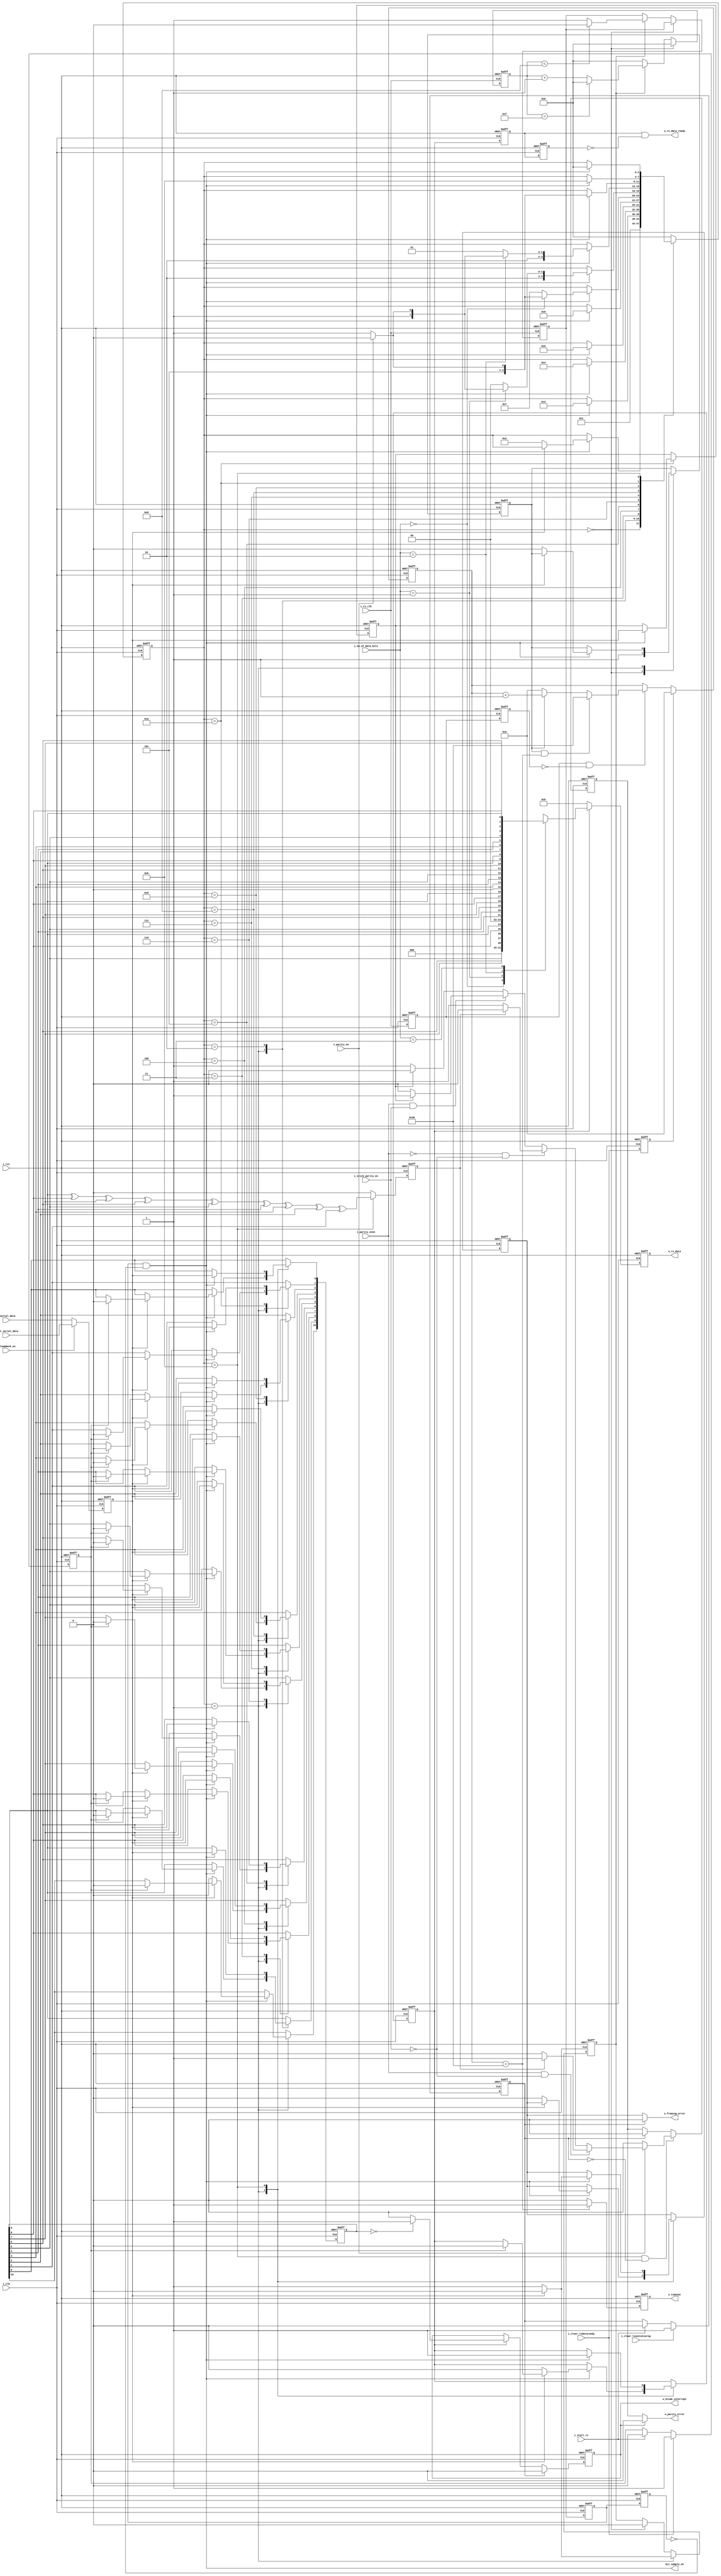
//////////////////////////////////////////////////////////////////////
// @BRIEF: uart_rx_fsm.v
//////////////////////////////////////////////////////////////////////

module uart_rx_fsm(                   
    // System clock 
    // asynchronous active high reset 
    input wire        i_clk,
    input wire        i_rst,
    input wire        i_rx_clk,
    //Rx FSM Control signal from Master Controller
    input wire        i_start_rx,
    //Rx configurations from Master Controller
    input wire        i_loopback_en,
    input wire        i_parity_even,
    input wire        i_parity_en,               
    input wire [1:0]  i_no_of_data_bits,  
    input wire        i_stick_parity_en,
    input wire        i_clear_linestatusreg,               
    input wire        i_clear_rxdataready,
    //Rx data valid and Rx Data to CPU
    output reg [7:0]  o_rx_data, 
    output reg        o_timeout,      
    
    output wire       bit_sample_en,
             
    //To UART Master Controller
    output wire       o_parity_error,
    output wire       o_framing_error,
    output wire       o_break_interrupt,               
    output wire       o_rx_data_ready,
    //Serial data for loopback operations
    input wire        i_int_serial_data,
    //Serial data in from MODEM
    input wire        i_serial_data
    );

    parameter [3:0] /*synopsys enum state_info*/ IDLE_STATE           = 4'b0000,
                   START_DETECT_STATE   = 4'b0001,
                   SAMPLE_START_STATE = 4'b1111,
                   Rx_1BIT_STATE        = 4'b0010,
                   Rx_2BIT_STATE        = 4'b0011,
                   Rx_3BIT_STATE        = 4'b0100,
                   Rx_4BIT_STATE        = 4'b0101,
                   Rx_5BIT_STATE        = 4'b0110,
                   Rx_6BIT_STATE        = 4'b0111,
                   Rx_7BIT_STATE        = 4'b1000,
                   Rx_8BIT_STATE        = 4'b1001,
                   PARITY_CHECK_STATE   = 4'b1010,
                   STOP_DETECT_STATE    = 4'b1011;
    // DATA_VALIDATION_STATE     = 4'b1100;    
    
    //Internal signals 
    reg [3:0]  /*synopsys enum state_info*/  state; /*synopsys enum state_vector state*/
    reg        check_bit;    
    reg        modem_serial_data;
    reg [10:0] rx_data;
    reg        parity_error;
    reg        framing_error;
    reg        stick_parity_bit;
    reg        clear_line_status;
    reg        clear_data_ready;
    reg        timeout_counter_begin;   
    reg        clearrxdataready1;
    reg        rx_clk_reg1;
    reg        rx_clk_reg2;
    wire       rx_clk_en;
    wire       rx_sample_en;
    reg        data_validation;
    reg        loopback_en_latch;
    
    //synchronizer for incoming i_serial_data from MODEM
    always @(posedge i_clk or posedge i_rst) begin
        if(i_rst) begin
            modem_serial_data <= 1'b1;
        end else begin
            if(!i_loopback_en)
                //For regular Rx operations
                modem_serial_data <= i_serial_data;
            else
                // for loop back operations
                modem_serial_data <= i_int_serial_data; 
        end 
    end // always @ (posedge i_clk or posedge i_rst) 
    
    ////////////////////////////////////////////////////////////////
    // UART Rx FSM
    ////////////////////////////////////////////////////////////////
    always @(posedge i_clk or posedge i_rst) begin
        if(i_rst) begin
            state <= IDLE_STATE;
            framing_error <= 1'b0;
            stick_parity_bit <= 1'b0;   
            timeout_counter_begin <= 1'b1;
            data_validation <= 1'b0;
            rx_data <= 10'b0;    
        end else begin
            case(state)
                
                IDLE_STATE         :  begin
                    state <= START_DETECT_STATE; 
                    timeout_counter_begin <= 1'b1;
                end
                
                //Wait for START signal from MODEM 
                START_DETECT_STATE :
                    if(rx_sample_en) begin
                        //Check if modem serial is still '0'
                        if(!modem_serial_data) begin
                            state <= Rx_1BIT_STATE; 
                            framing_error <= 1'b0;
                            timeout_counter_begin <= 1'b0;
                            data_validation <= 1'b0;
                            rx_data[10] <= modem_serial_data; 
                        end else if(clear_data_ready) begin
                            data_validation <= 1'b0;
                            rx_data <= 10'b0000_0000_00; 
                        end
                    end
                
                Rx_1BIT_STATE      : 
                    if(rx_sample_en) begin 
                        state <= Rx_2BIT_STATE;
                        rx_data[9] <= modem_serial_data; 
                    end
                
                Rx_2BIT_STATE      : 
                    if(rx_sample_en) begin 
                        state <= Rx_3BIT_STATE;
                        rx_data[8] <= modem_serial_data; 
                    end
                
                Rx_3BIT_STATE      : 
                    if(rx_sample_en) begin
                        state <= Rx_4BIT_STATE;
                        rx_data[7] <= modem_serial_data; 
                    end
                
                Rx_4BIT_STATE      : 
                    if(rx_sample_en) begin
                        state <= Rx_5BIT_STATE;
                        rx_data[6] <= modem_serial_data; 
                    end
                
                //Check for no of bits in operation
                //If 5 bits, then check if parity needs to be checked else go to stop detect state                      
                Rx_5BIT_STATE      : 
                    if(rx_sample_en) begin
                        rx_data[5] <= modem_serial_data; 
                        if(i_no_of_data_bits == 2'b00) begin
                            if(i_parity_en) begin
                                state <= PARITY_CHECK_STATE;
                            end else begin 
                                state <= STOP_DETECT_STATE;
                            end 
                        end else begin 
                            state <= Rx_6BIT_STATE;
                        end
                    end // if (rx_sample_en)
                
                //Check for no of bits in operation
                //If 6 bits, then check if parity needs to be checked else go to stop detect state                      
                Rx_6BIT_STATE      :
                    if(rx_sample_en) begin
                        rx_data[4] <= modem_serial_data; 
                        if(i_no_of_data_bits == 2'b01) begin
                            if(i_parity_en) begin
                                state <= PARITY_CHECK_STATE;
                            end else begin 
                                state <= STOP_DETECT_STATE;
                            end 
                        end else begin 
                            state <= Rx_7BIT_STATE;
                        end
                    end // if (rx_sample_en)
                
                //Check for no of bits in operation
                //If 7 bits, then check if parity needs to be checked else go to stop detect state
                Rx_7BIT_STATE      : 
                    if(rx_sample_en) begin
                        rx_data[3] <= modem_serial_data; 
                        if(i_no_of_data_bits == 2'b10) begin
                            if(i_parity_en) begin
                                state <= PARITY_CHECK_STATE;
                            end else begin 
                                state <= STOP_DETECT_STATE;
                            end 
                        end else begin 
                            state <= Rx_8BIT_STATE;
                        end
                    end // if (rx_sample_en)
                
                //Check if parity needs to be checked else go to stop detect state
                Rx_8BIT_STATE      :
                    if(rx_sample_en) begin
                        rx_data[2] <= modem_serial_data; 
                        if(i_parity_en) begin
                            state <= PARITY_CHECK_STATE;
                        end else begin
                            state <= STOP_DETECT_STATE;
                        end  
                    end                
                
                PARITY_CHECK_STATE :
                    if(rx_sample_en) begin
                        rx_data[1] <= modem_serial_data; 
                        state <= STOP_DETECT_STATE;
                        stick_parity_bit <= modem_serial_data;
                    end
                
                //Check for stop bit and proceed to START_DETECT_STATE 
                STOP_DETECT_STATE  : 
                    if(rx_sample_en) begin
                        rx_data[0] <= modem_serial_data; 
                        data_validation <= 1'b1;
                        if(modem_serial_data == 1'b0) begin
                            state <= IDLE_STATE; 
                            framing_error <= 1'b1;
                        end else begin
                            state <= IDLE_STATE; 
                            framing_error <= 1'b0;
                        end
                    end // if (rx_sample_en)
                
                default            : state <= IDLE_STATE;
            endcase // case (state)
        end
    end // always @ (posedge i_clk or posedge i_rst)

    //Cleared on Line status clear request from Master controller
    assign o_framing_error = (!clear_line_status) ? framing_error : 1'b0;
    
    /////////////////////////////////////////////////////////////////////////////
    // Deserialization of data, 
    /////////////////////////////////////////////////////////////////////////////
    wire [10:0] receive_data;

    assign receive_data = {rx_data[0], rx_data[1], rx_data[2], rx_data[3], rx_data[4], rx_data[5],
                           rx_data[6], rx_data[7], rx_data[8], rx_data[9], rx_data[10]};

    reg break_interrupt;
    
    /////////////////////////////////////////////////////////////////////////////
    //Break Interrupt generation
    //In data valid state all the bits are of rx_data are zero then a Break Interrupt is generated
    /////////////////////////////////////////////////////////////////////////////
    always @(posedge i_clk or posedge i_rst) begin
        if(i_rst) begin
            break_interrupt <= 1'b0;
        end else begin
            //Cleared on Line status clear request from Master controller 
            if(clear_line_status)begin 
                break_interrupt <= 1'b0;
            end else if(data_validation) begin
                if(rx_data == 10'b0) begin
                    break_interrupt <= 1'b1;
                end else begin
                    break_interrupt <= 1'b0;
                end   
            end // if (state == DATA_VALIDATION_STATE & !latch_clear_line_status)
        end
    end // always @ (posedge i_clk or posedge i_rst)

    assign o_break_interrupt = break_interrupt;
    
    /////////////////////////////////////////////////////////////////////////////
    // Parity Check logic and Parity error detect
    /////////////////////////////////////////////////////////////////////////////
    //Parity check logic
    always @(posedge i_clk or posedge i_rst) begin
        if(i_rst) begin
            check_bit <= 1'b0;
        end else begin
            if(state == STOP_DETECT_STATE) begin
                check_bit <= rx_data[9] ^ rx_data[8] ^ rx_data[7] ^ rx_data[6] ^ rx_data[5] ^ rx_data[4]
                    ^ rx_data[3] ^ rx_data[2] ^ rx_data[1]; 
            end else begin 
                check_bit <= 1'b0;
            end 
        end 
    end // always @ (posedge i_clk or posedge i_rst)

    //Parity Error detection logic
    always @(posedge i_clk or posedge i_rst) begin
        if(i_rst) begin
            parity_error <= 1'b0;
        end else begin
            if(state == STOP_DETECT_STATE & !clear_line_status) begin
                if(i_parity_en) begin
                    if(i_parity_even & !i_stick_parity_en) begin
                        if(check_bit) 
                            parity_error <= 1'b1;
                        else    
                            parity_error <= 1'b0;
                    end else if (!i_parity_even & !i_stick_parity_en) begin
                        if(check_bit) 
                            parity_error <= 1'b0;
                        else    
                            parity_error <= 1'b1;
                    end else if (i_parity_even & i_stick_parity_en) begin
                        if(stick_parity_bit)
                            parity_error <= 1'b1;
                        else
                            parity_error <= 1'b0;
                    end else
                        if(stick_parity_bit)
                            parity_error <= 1'b0;
                        else
                            parity_error <= 1'b1;
                end else
                    parity_error <= 1'b0;
                
            end else if(clear_line_status) 
                parity_error <= 1'b0;   
        end 
    end // always @ (posedge i_clk or posedge i_rst)    

    assign o_parity_error = !break_interrupt ?  parity_error
                            : 1'b0;    

    /////////////////////////////////////////////////////////////////////////////
    // Rx Data ready and Rx Data generation logic
    /////////////////////////////////////////////////////////////////////////////
    
    reg rx_data_ready;    

    always @(posedge i_clk or posedge i_rst) begin
        if(i_rst) begin
            o_rx_data     <= 0;
        end else begin
            if(data_validation) begin
                if(i_parity_en) begin
                    case(i_no_of_data_bits)
                        2'b00 :
                            o_rx_data <= {1'b0, 1'b0, 1'b0, receive_data[5:1]};
                        2'b01 :
                            o_rx_data <= {1'b0, 1'b0, receive_data[6:1]};
                        2'b10 :
                            o_rx_data <= {1'b0, receive_data[7:1]};
                        2'b11 :
                            o_rx_data <= receive_data[8:1];
                    endcase
                end else begin
                    case(i_no_of_data_bits)
                        2'b00 :
                            o_rx_data <= {1'b0, 1'b0, 1'b0, receive_data[5:1]};
                        2'b01 :
                            o_rx_data <= {1'b0, 1'b0, receive_data[6:1]};
                        2'b10 :
                            o_rx_data <= {1'b0, receive_data[7:1]};
                        2'b11 :
                            o_rx_data <= receive_data[8:1];
                    endcase
                end // else: !if(parity_en)
            end else begin
                o_rx_data       <= 0;
            end
        end
    end // always @ (posedge i_clk or posedge i_rst)
    
    wire rx_data_ready1;
    reg  rx_data_ready_reg1;
    reg  rx_data_ready_reg2;

    //Cleared on data status clear request from Master controller 
    assign rx_data_ready1 = data_validation;

    always @(posedge i_clk or posedge i_rst) begin
        if(i_rst) begin
            rx_data_ready_reg1 <= 1'b0;
            rx_data_ready_reg2 <= 1'b0; 
        end else begin
            rx_data_ready_reg1 <= rx_data_ready1;
            rx_data_ready_reg2 <= rx_data_ready_reg1; 
        end
    end
    
    //Made into a synchronous pulse
    assign o_rx_data_ready = rx_data_ready_reg1 & !rx_data_ready_reg2;   

    
    /////////////////////////////////////////////////////////////////////////////
    //Sampling clock and character timeout  generation logic
    /////////////////////////////////////////////////////////////////////////////
    
    //Registering and pulsing of RxCLK
    //This is in view of Clock domain crossing
    always @(posedge i_clk or posedge i_rst) begin
        if(i_rst) begin
            rx_clk_reg1 <= 1'b0;
            rx_clk_reg2 <= 1'b0;
        end else begin 
            rx_clk_reg1 <= i_rx_clk;
            rx_clk_reg2 <= rx_clk_reg1;
        end
    end
    
    assign rx_clk_en = rx_clk_reg1 & !rx_clk_reg2;
            
    reg [3:0] rx_sampling_counter;
    reg       rx_sampling_clock;
    reg       rx_sampling_clock_reg1;
    reg       rx_sampling_clock_reg2;
    reg       rx_sampling_start;

    //Start sampling on falling edge of serial data line in start state
    //This is mainly used for centering purpose
    always @(posedge i_clk or posedge i_rst) begin
        if(i_rst) begin
            rx_sampling_start <= 1'b0; 
        end else begin
            if(state == START_DETECT_STATE) begin
                if(!modem_serial_data) 
                    rx_sampling_start <= 1'b1;
                else 
                    rx_sampling_start <= 1'b0;
            end else if(state == IDLE_STATE) 
                rx_sampling_start <= 1'b0;
        end // else: !if(i_rst)
    end // always @ (posedge i_clk or posedge i_rst)
    
    //RX_CLK = 16xBaud Rate, a divide by 16 logic gives us the required sampling clock
    always @(posedge i_rx_clk or posedge i_rst) begin
        if(i_rst) begin
            rx_sampling_counter <= 0;
            rx_sampling_clock <= 1'b0;            
        end else begin
            case (state)
                //Sampling counter reset to zero 
                IDLE_STATE : begin
                    rx_sampling_counter <= 0;
                end                        
                default : begin
                    if(rx_sampling_start) begin
                    //4 bit counter
                        if(rx_sampling_counter == 4'b1111) begin 
                            rx_sampling_counter <= 0;
                        end else begin
                            rx_sampling_counter <= rx_sampling_counter + 1;
                        end
                        //Divide by 16 logic
                        if(rx_sampling_counter < 4'b1000) begin
                            rx_sampling_clock <= 1'b0;
                        end else begin
                            rx_sampling_clock <= 1'b1;
                        end
                    end else 
                        rx_sampling_counter <= 0; 
                end // case: default
            endcase
        end
    end // always @ (posedge i_rx_clk or posedge i_rst)        

    //Registering sampling clock for obtaining pulsed rx_sample_en
    always @(posedge i_clk or posedge i_rst) begin
        if(i_rst) begin
            rx_sampling_clock_reg1 <= 0;
            rx_sampling_clock_reg2 <= 0;
        end else begin
            rx_sampling_clock_reg1 <= rx_sampling_clock;
            rx_sampling_clock_reg2 <= rx_sampling_clock_reg1;
        end
    end

    //Pulsed rx_sample_en signal
    assign rx_sample_en = rx_sampling_clock_reg1 & !rx_sampling_clock_reg2;
    
    //Clearrxready signal received from NXP_16550_reg
    always @(posedge i_clk or posedge i_rst)begin
        if(i_rst)begin
            clearrxdataready1 <= 1'b0;
        end else begin
            clearrxdataready1 <= i_clear_rxdataready;
        end
    end // always @ (posedge i_clk or posedge i_rst)
    
    reg [5:0] timeout_counter;
    
    //Timeout counter for generating character timeout interrupt
    //Setto 4 character lengths = 48 bits
    //One character length is 12 bits - 1 Start,8 Data,1 Parity, 2 stop  
    always @(posedge i_rst or posedge i_clk) begin 
        if(i_rst) begin
            timeout_counter <= 6'b000_000;
        end else begin
            if(clearrxdataready1)
                timeout_counter <= 6'b000_000;
            else if(rx_clk_en) begin
                if(timeout_counter_begin & timeout_counter == 6'b110_000)
                    timeout_counter <= 6'b110_000;
                else if(timeout_counter_begin)
                    timeout_counter <= timeout_counter + 1'b1;
                else
                    timeout_counter <= 0;
            end    
        end
    end // always @ (posedge i_rst or posedge i_clk)

    //Timeout signal clear and drive logic    
    always @(posedge i_rst or posedge i_clk) begin
        if(i_rst) begin
            o_timeout <= 1'b0;
        end else begin
             if(timeout_counter == 6'b110_000) 
                o_timeout <= 1'b1;
            else
                o_timeout <= 1'b0;
        end
    end

    //Clear line status 
    always @(posedge i_clk or posedge i_rst)begin
        if(i_rst) begin
            clear_line_status <= 1'b0;
        end else begin
            if (i_clear_linestatusreg) 
                clear_line_status <= 1'b1;
            else if (i_start_rx)
                clear_line_status <= 1'b0;
        end 
    end

    //Clear data ready
    always @ (posedge i_clk or posedge i_rst) begin 
        if(i_rst) begin
            clear_data_ready <= 1'b0;
        end else begin
            if (i_clear_rxdataready) 
                clear_data_ready <= 1'b1;
            else if (i_start_rx)
                clear_data_ready <= 1'b0;
        end 
    end
    
    // Beginning of automatic ASCII enum decoding
     reg [167:0]         state_ASCII;            // Decode of state
     always @(state) begin
         case ({state})
             IDLE_STATE:            state_ASCII = "idle_state           ";
             START_DETECT_STATE:    state_ASCII = "start_detect_state   ";
             SAMPLE_START_STATE:    state_ASCII = "sample_start_state   ";
             Rx_1BIT_STATE:         state_ASCII = "rx_1bit_state        ";
             Rx_2BIT_STATE:         state_ASCII = "rx_2bit_state        ";
             Rx_3BIT_STATE:         state_ASCII = "rx_3bit_state        ";
             Rx_4BIT_STATE:         state_ASCII = "rx_4bit_state        ";
             Rx_5BIT_STATE:         state_ASCII = "rx_5bit_state        ";
             Rx_6BIT_STATE:         state_ASCII = "rx_6bit_state        ";
             Rx_7BIT_STATE:         state_ASCII = "rx_7bit_state        ";
             Rx_8BIT_STATE:         state_ASCII = "rx_8bit_state        ";
             PARITY_CHECK_STATE:    state_ASCII = "parity_check_state   ";
             STOP_DETECT_STATE:     state_ASCII = "stop_detect_state    ";
             default:               state_ASCII = "%Error               ";
         endcase
    end
     // End of automatics
     
   assign bit_sample_en = rx_sample_en ;
        
endmodule